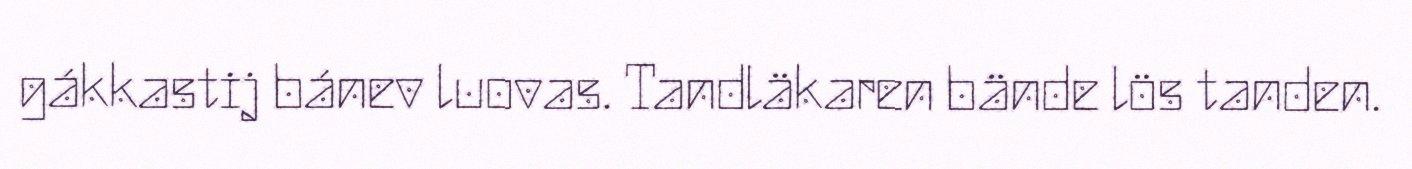
gákkastij bánev luovas. Tandläkaren bände lös tanden.